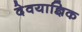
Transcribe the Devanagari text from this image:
देवयाज्ञिक